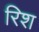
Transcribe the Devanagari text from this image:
रिश